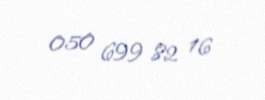
050 699 82 16